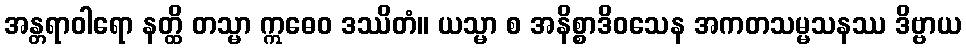
အန္တရာဝါရော နတ္ထိ တသ္မာ ဣဓေဝ ဒဿိတံ။ ယသ္မာ စ အနိစ္စာဒိဝသေန အကတသမ္မသနဿ ဒိဗ္ဗာယ